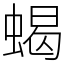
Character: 蝎